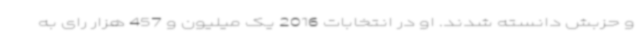
و حزبش دانسته شدند. او در انتخابات 2016 یک میلیون و 457 هزار رای به